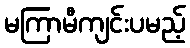
မကြာမီကျင်းပမည့်